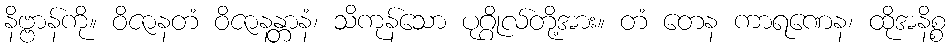
နိဗ္ဗာန်ကို။ ဝိဇာနတံ ဝိဇာနန္တာနံ၊ သိကုန်သော ပုဂ္ဂိုလ်တို့အား။ တံ တေန ကာရဏေန၊ ထိုအနိစ္စ